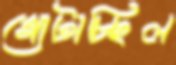
গোটাচ্ছিল